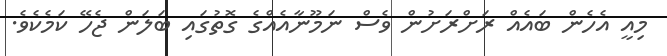
މިއީ އެހެން ބައެއް ރަށްރަށުން ވެސް ނަމޫނާއެއްގެ ގޮތުގައި ބަލަން ޖެހޭ ކަމެކެވެ.